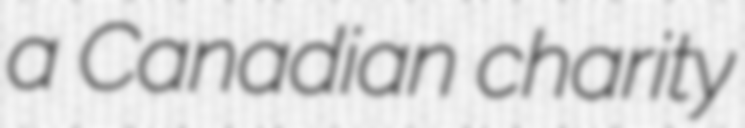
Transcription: a Canadian charity